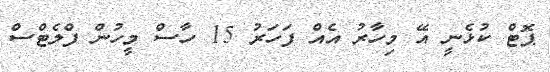
ޕޮޓް ކުޅެނީ އޭ މިހާރު އެއް ފަހަރު 15 ހާސް މީހުން ފްލެޓްސް